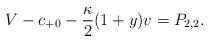
\begin{align*} V-c_{+0}-\frac{\kappa}{2}(1+y)v=P_{2,2}.\end{align*}